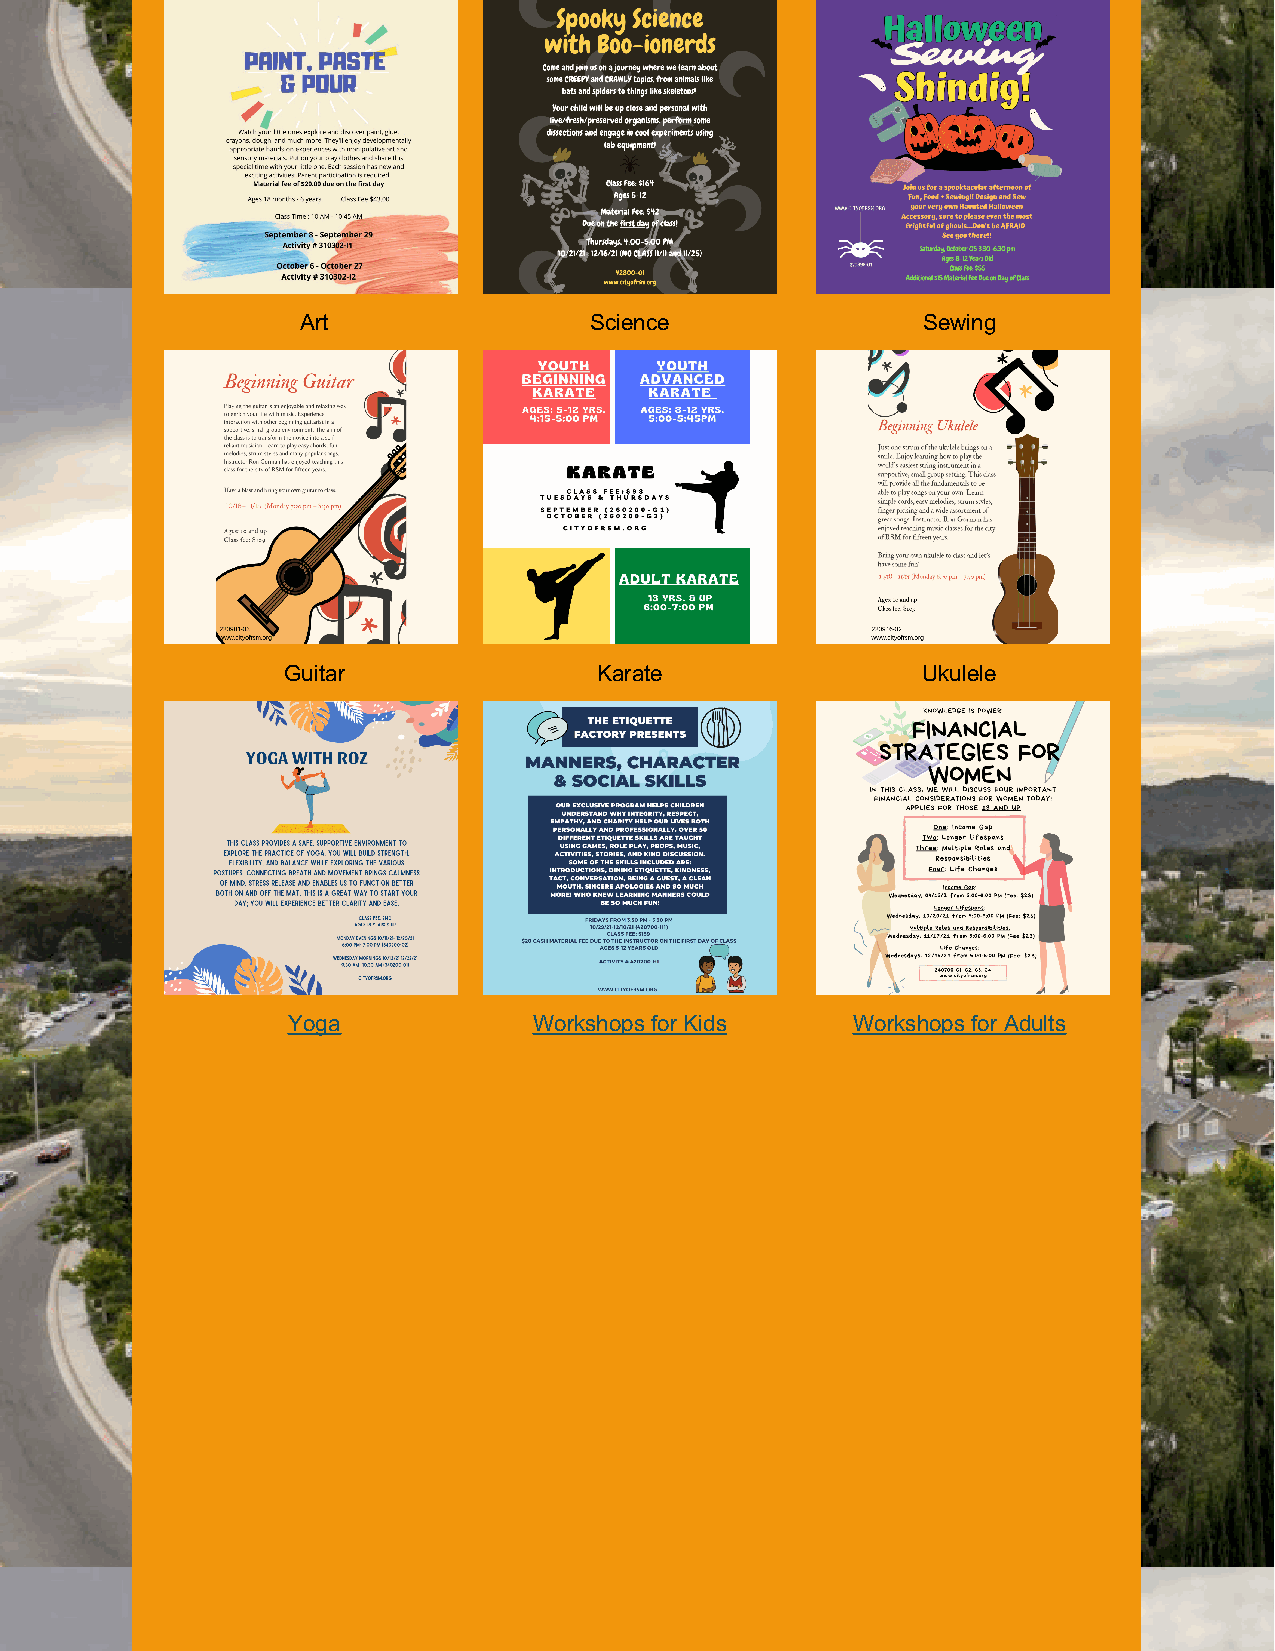
Art                Science               Sewing
 Guitar               Karate               Ukulele
 Yoga            Workshops for Kids   Workshops for Adults